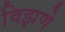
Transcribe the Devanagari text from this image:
विझणे